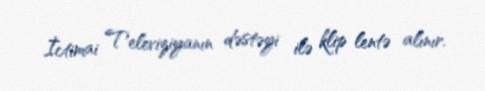
İctimai Televiziyanın dəstəyi ilə klip lentə alınır.